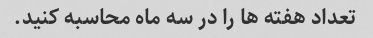
تعداد هفته ها را در سه ماه محاسبه کنید.